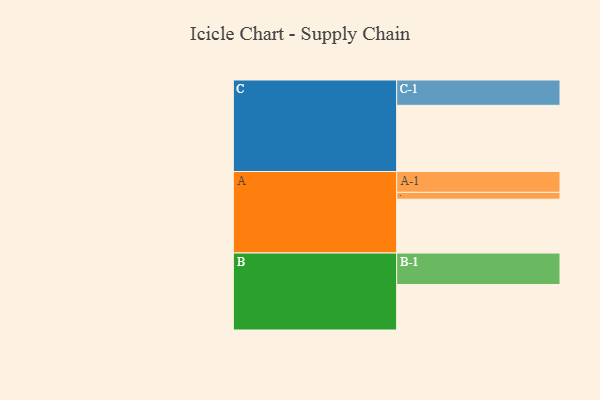
{"axis": {"x": "Segment", "y": "Value"}, "legend": ["", "A", "B", "C"], "data": [{"x": "A", "y": 470, "type": ""}, {"x": "B", "y": 397, "type": ""}, {"x": "C", "y": 578, "type": ""}, {"x": "A-1", "y": 182, "type": "A"}, {"x": "A-2", "y": 60, "type": "A"}, {"x": "B-1", "y": 275, "type": "B"}, {"x": "C-1", "y": 221, "type": "C"}]}